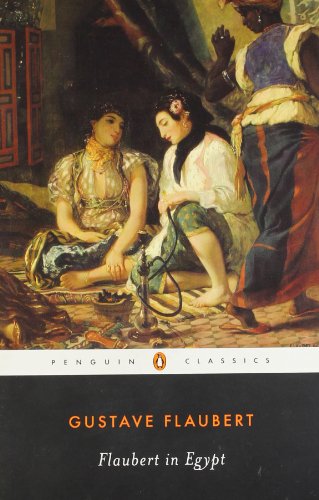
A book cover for Flaubert in Egypt: A Sensibility on Tour (Penguin Classics); Gustave Flaubert; Travel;